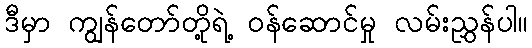
ဒီမှာ ကျွန်တော်တို့ရဲ့ ဝန်ဆောင်မှု လမ်းညွှန်ပါ။